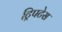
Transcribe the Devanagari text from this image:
ट्रिपटेस